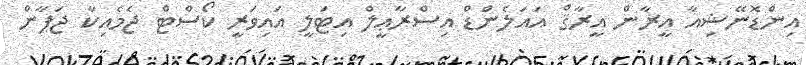
އިންޑޮނޭޝިއާ އީރާން އީރާޤް އައަލެންޑް އިސްރާޢީލް އިޓަލީ އައިވަރީ ކޯސްޓް ޖެމެއިކާ ޖަޕާން